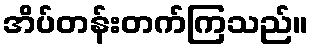
အိပ်တန်းတက်ကြသည်။